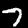
Digit: 7